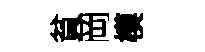
貧岡模